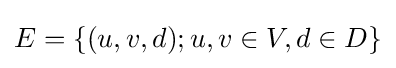
E=\{(u,v,d);u,v\in V,d\in D\}